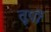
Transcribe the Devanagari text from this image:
तूपों